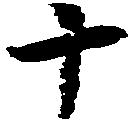
十